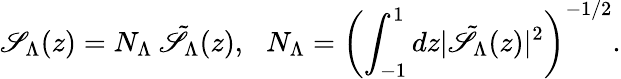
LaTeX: \mathscr{S}_{\Lambda}(z)=N_{\Lambda}\: \tilde{{\mathscr{S}}}_{\Lambda}(z),\: \: \: N_{\Lambda}=\left(\int_{-1}^{1}dz\vert\tilde{{\mathscr{S}}}_{\Lambda}(z)\vert^{2}\right)^{-1/2}.